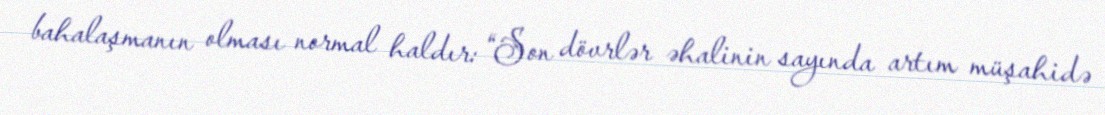
bahalaşmanın olması normal haldır: “Son dövrlər əhalinin sayında artım müşahidə